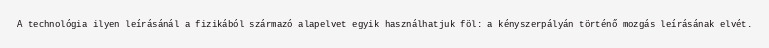
A technológia ilyen leírásánál a fizikából származó alapelvet egyik használhatjuk föl: a kényszerpályán történő mozgás leírásának elvét.